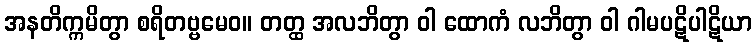
အနတိက္ကမိတွာ စရိတဗ္ဗမေဝ။ တတ္ထ အလဘိတွာ ဝါ ထောကံ လဘိတွာ ဝါ ဂါမပဋိပါဋိယာ